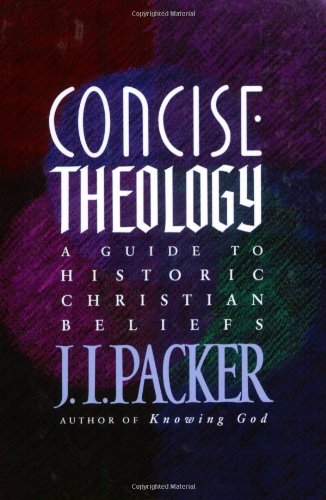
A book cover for Concise Theology: A Guide to Historic Christian Beliefs; J. I. Packer; Christian Books & Bibles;